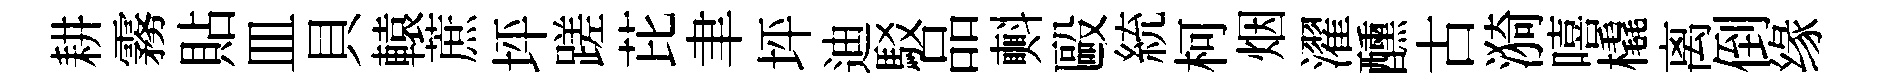
耕霧貼皿貝轅蔗坪蹉芘聿坪迪駁品㪺毆統柯烟濯醺古漪嘻橇离倒缘